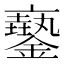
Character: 𨮲